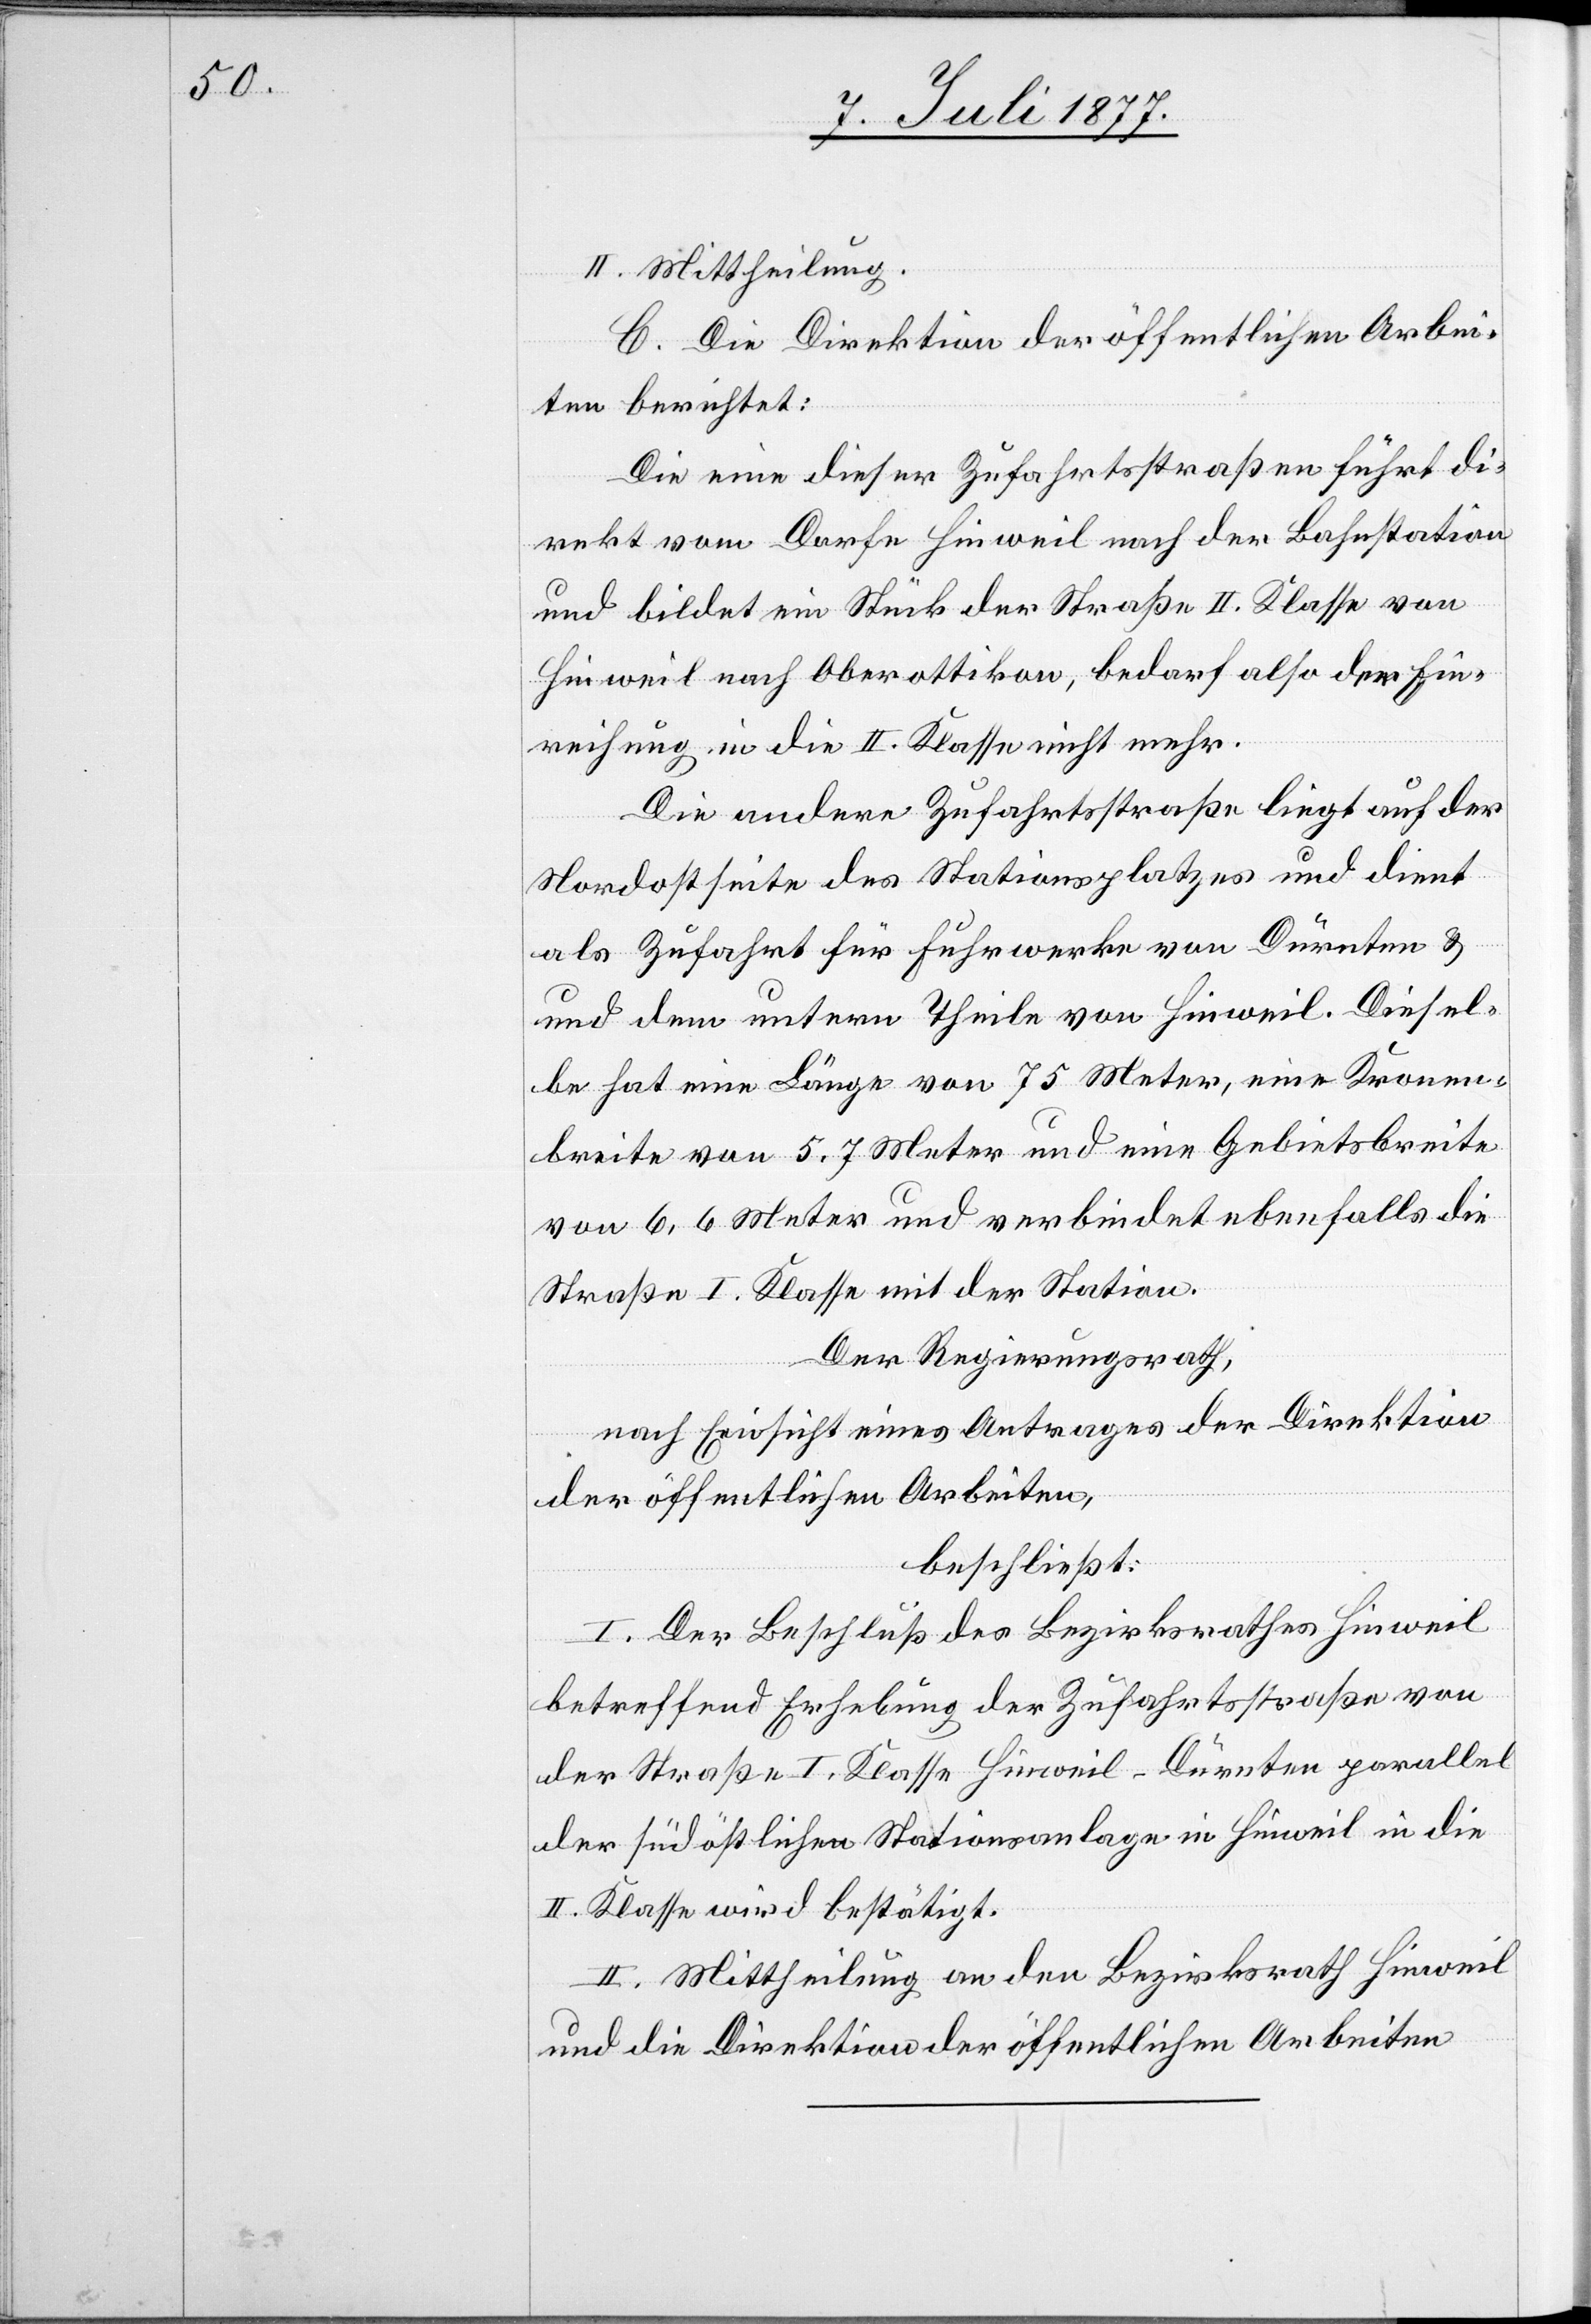
II. Mittheilung.
C. Die Direktion der öffentlichen Arbei¬
ten berichtet:
Die eine dieser Zufahrtsstraßen führt di¬
rekt vom Dorfe Hinweil nach der Bahnstation
und bildet ein Stück der Straße II. Klasse von
Hinweil nach Oberottikon, bedarf also der Ein¬
reihung in die II. Klasse nicht mehr.
Die andere Zufahrtsstraße liegt auf der
Nordostseite des Stationsplatzes und dient
als Zufahrt für Fuhrwerke von Dürnten &
dem unterm Theile von Hinweil. Diesel¬
be hat eine Länge von 75 Meter, eine Kronen¬
breite von 5,7 Meter und eine Gebietsbreite
von 6,6 Meter und verbindet ebenfalls die
Straße I. Klasse mit der Station.
Der Regierungsrath,
nach Einsicht eines Antrages der Direktion
der öffentlichen Arbeiten,
beschließt:
I. Der Beschluß des Bezirksrathes Hinweil
betreffend Erhebung der Zufahrtsstraße von
der Straße I. Klasse Hinweil–Dürnten parallel
der südöstlichen Stationsanlage in Hinweil in die
II. Klasse wird bestätigt.
II. Mittheilung an den Bezirksrath Hinweil
und die Direktion der öffentlichen Arbeiten[.]